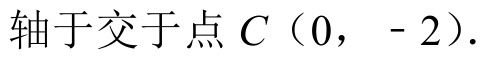
轴于交于点\(C(0,- 2)\)